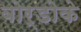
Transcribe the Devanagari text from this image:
बोर्डोके